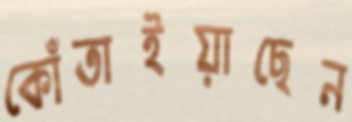
কোঁতাইয়াছেন